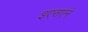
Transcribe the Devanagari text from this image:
इएसएने